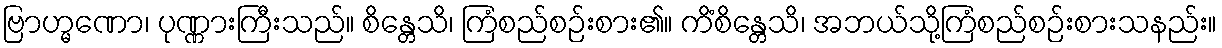
ဗြာဟ္မဏော၊ ပုဏ္ဏားကြီးသည်။ စိန္တေသိ၊ ကြံစည်စဉ်းစား၏။ ကိံစိန္တေသိ၊ အဘယ်သို့ကြံစည်စဉ်းစားသနည်း။